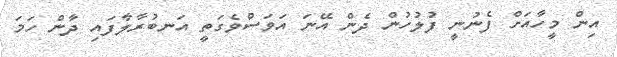
އިން މީހާއަށް ފެނުނީ ފުލުހުން ދެން އޭނަ އަވަސްވެގަތީ އަނބުރާލާފައި ދާން ހަމަ